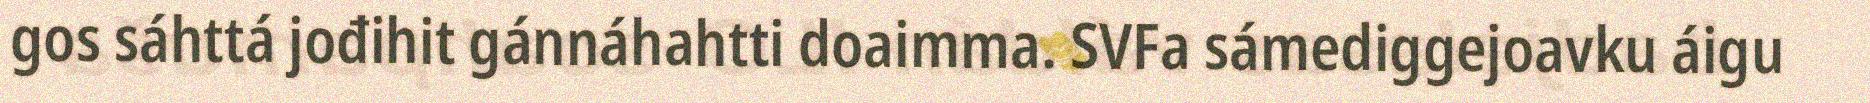
gos sáhttá jođihit gánnáhahtti doaimma. SVFa sámediggejoavku áigu